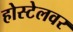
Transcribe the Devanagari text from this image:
होस्टेलवर